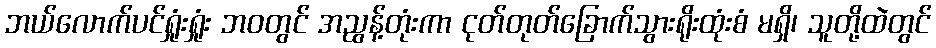
ဘယ်လောက်ပင်ရှုံးရှုံး ဘဝတွင် အညွန့်တုံးကာ ငုတ်တုတ်ခြောက်သွားရိုးထုံးစံ မရှိ၊ သူတို့ထဲတွင်